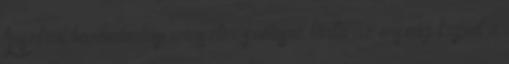
Ausztrál bevándorlási miniszter szélesre tárta az ország kapuit a